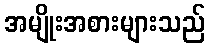
အမျိုးအစားများသည်